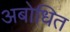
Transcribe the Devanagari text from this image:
अबोधित